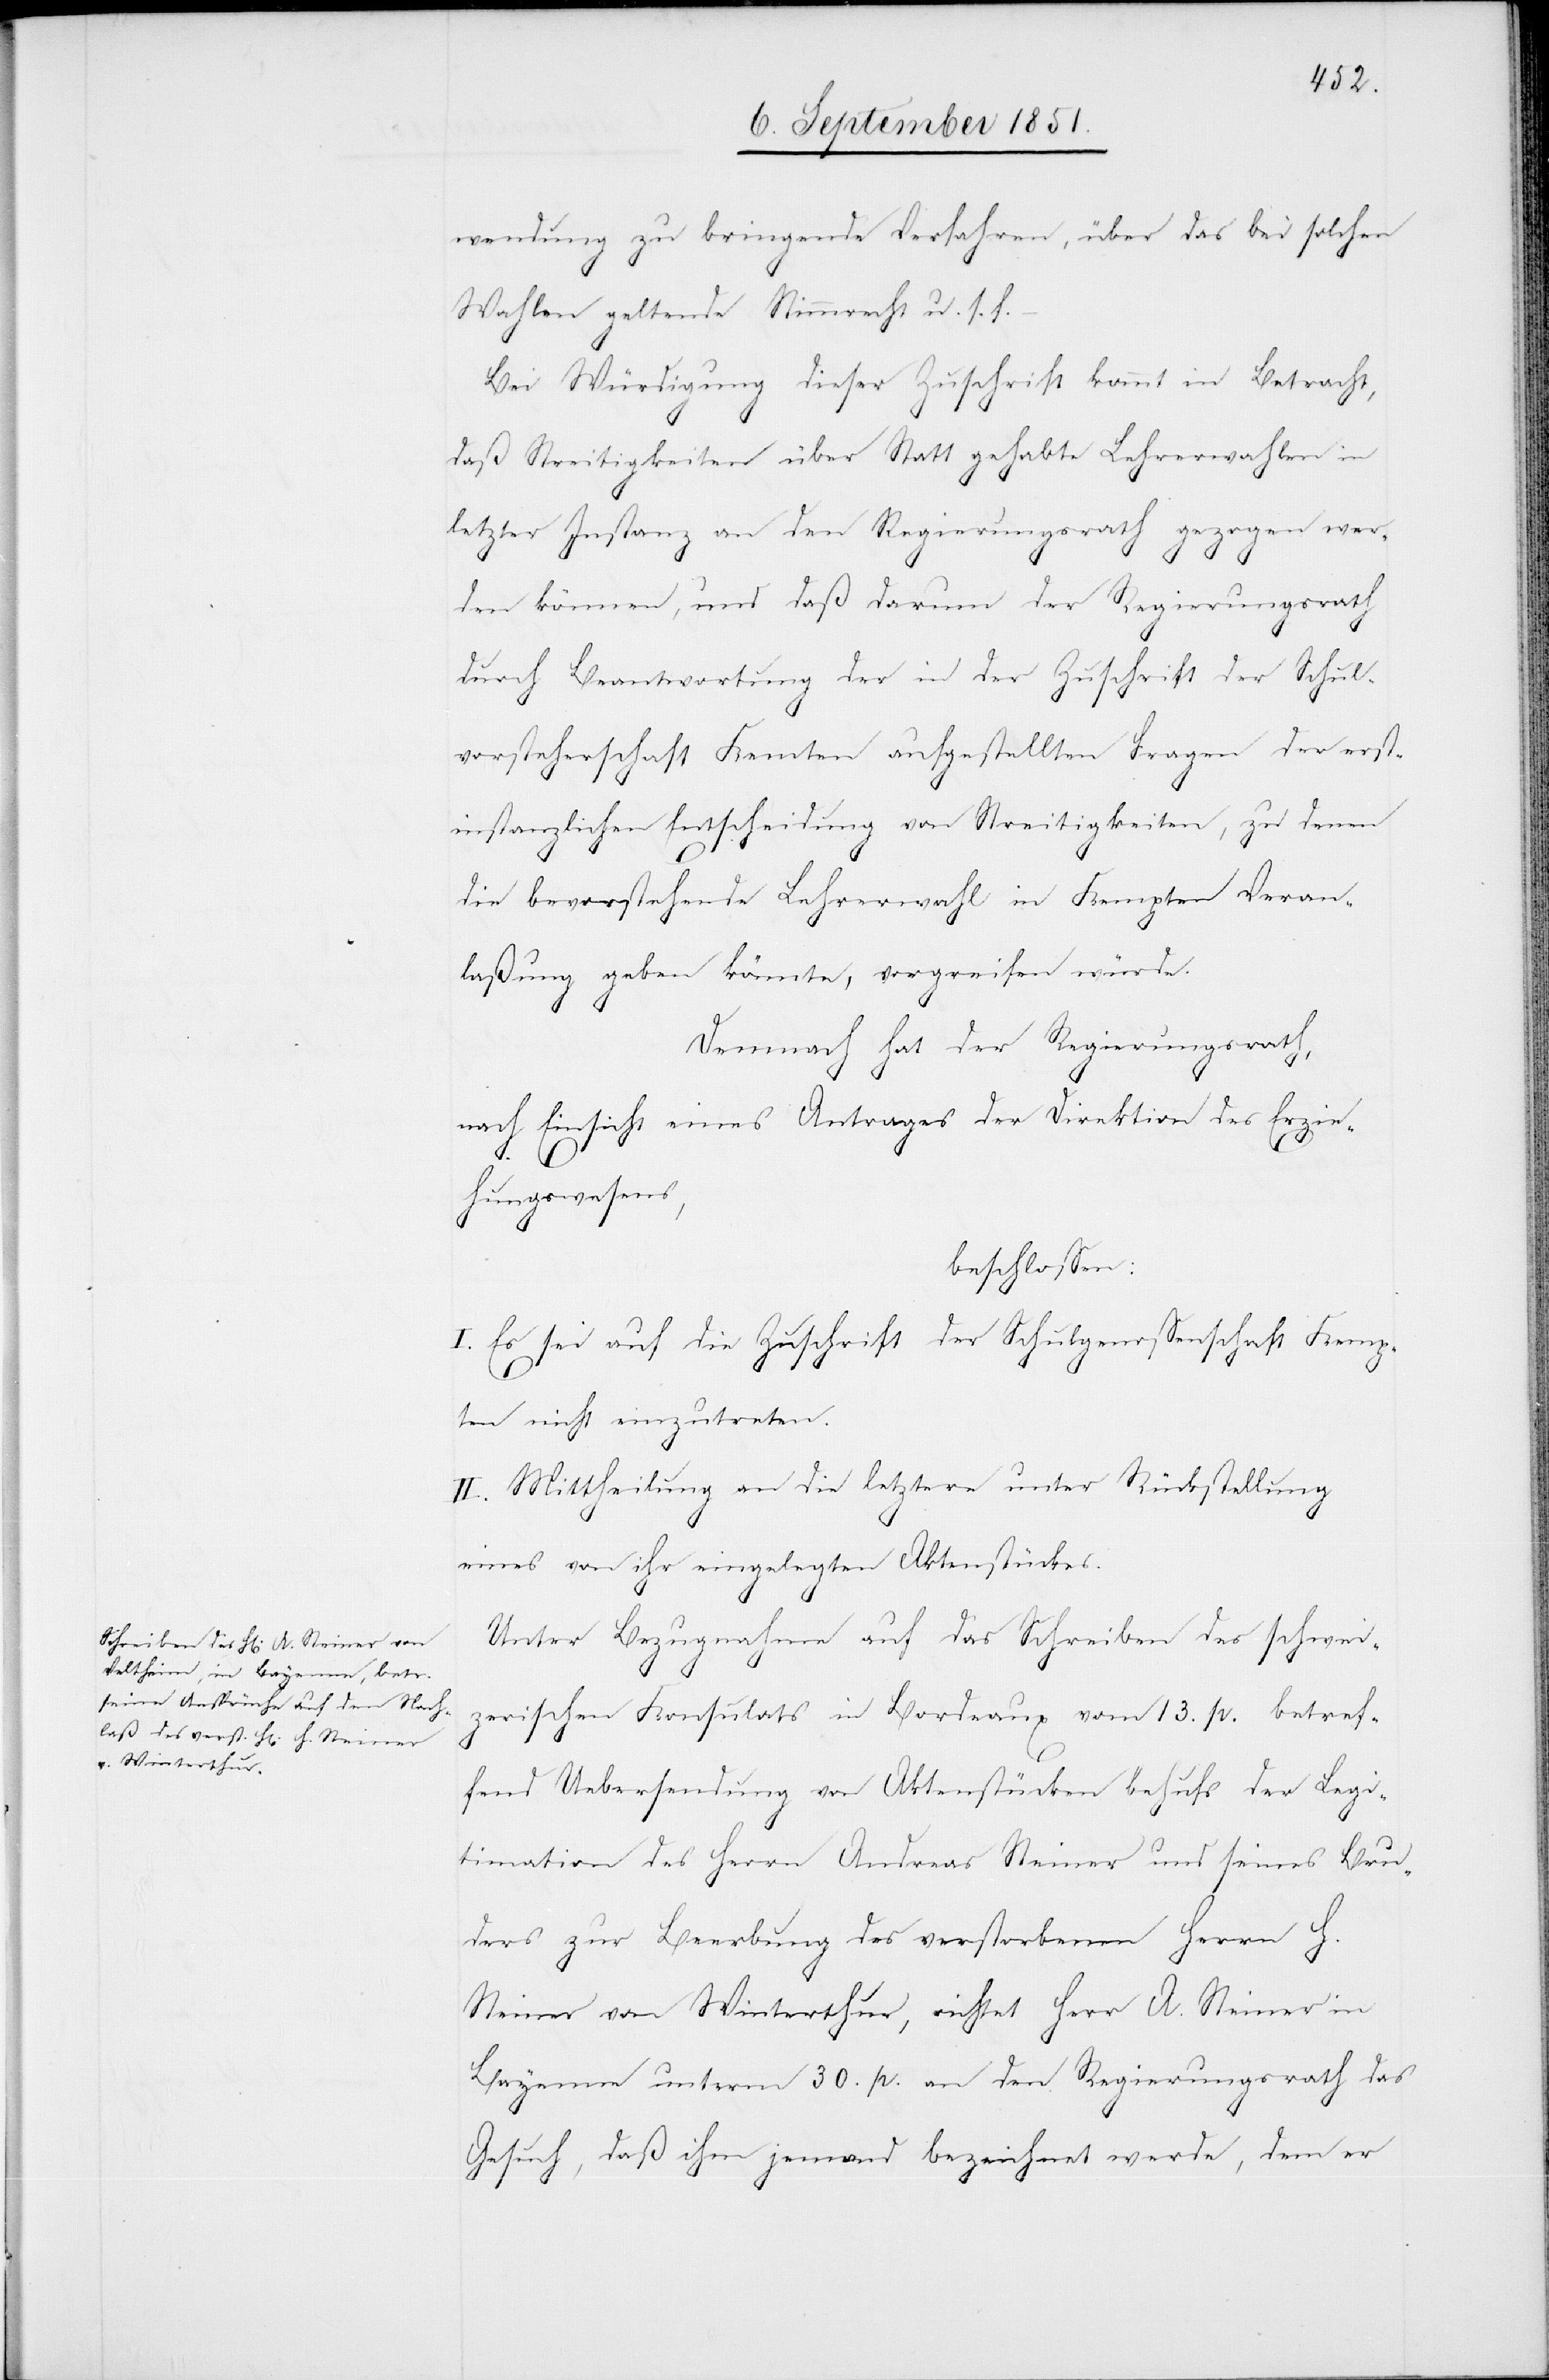
wendung zu bringende Verfahren, über das bei solchen
Wahlen geltende Stimmrecht u. s. f.
Bei Würdigung dieser Zuschrift kommt in Betracht,
daß Streitigkeiten über Statt gehabte Lehrerwahlen in
letzter Instanz an den Regierungsrath gezogen wer¬
den können, und daß darum der Regierungsrath
durch Beantwortung der in der Zuschrift der Schul¬
vorsteherschaft Kem[p]ten aufgestellten Fragen der erst¬
instanzlichen Entscheidung von Streitigkeiten, zu denen
die bevorstehende Lehrerwahl in Kempten Veran¬
laßung geben könnte, vorgreifen würde.
Demnach hat der Regierungsrath,
nach Einsicht eines Antrages der Direktion des Erzie¬
hungswesens,
beschlossen:
I. Es sei auf die Zuschrift der Schulgenossenschaft Kemp¬
ten nicht einzutreten.
II. Mittheilung an die letztere unter Rückstellung
eines von ihr eingelegten Aktenstückes.
Unter Bezugnahme auf das Schreiben des schwei¬
zerischen Konsulats in Bordeaux vom 13. p. betref¬
fend Uebersendung von Aktenstücken behufs der Legi¬
timation des Herrn Andreas Steiner und seines Bru¬
ders zur Beerbung des verstorbenen Herrn H.
Steiner von Winterthur, richtet Herr A. Steiner in
Bayenne unterm 30. p. an den Regierungsrath das
Gesuch, daß ihm jemand bezeichnet werde, dem er